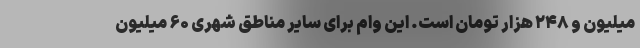
میلیون و ۲۴۸ هزار تومان است. این وام برای سایر مناطق شهری ۶۰ میلیون